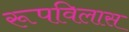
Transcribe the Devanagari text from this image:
रूपविलास